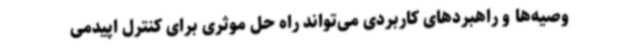
وصیه‌ها و راهبردهای کاربردی می‌تواند راه حل موثری برای کنترل اپیدمی